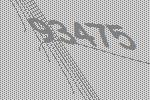
93475